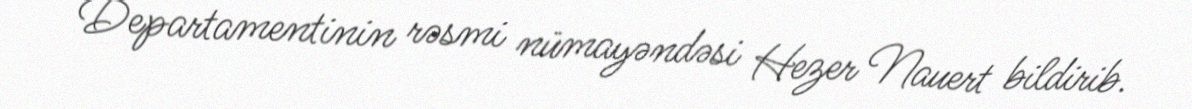
Departamentinin rəsmi nümayəndəsi Hezer Nauert bildirib.